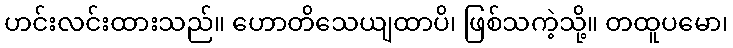
ဟင်းလင်းထားသည်။ ဟောတိသေယျထာပိ၊ ဖြစ်သကဲ့သို့။ တထူပမော၊